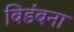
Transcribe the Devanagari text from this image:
बिडंबना